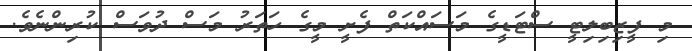
މި ފީޒިބިލިޓީ ސްޓަޑީގެ މަސައްކަތް ފެށީ މީގެ ހަތަރު މަސް ދުވަސް ކުރިންނެވެ.